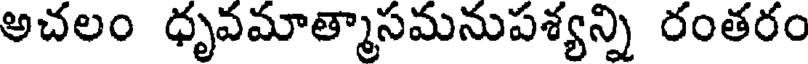
అచలం ధృవమాత్మాసమనుపశ్యన్ని రంతరం